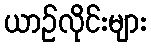
ယာဉ်လိုင်းများ